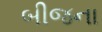
બીજના